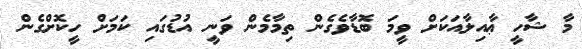
މާ ޝާހީ ޢާއިލާއަކަށް ވީމަ ބޮޑާވެގެން ތިމާމެން ވަނީ އުޑުގައި ކަމަށް ހީކޮށްގެން